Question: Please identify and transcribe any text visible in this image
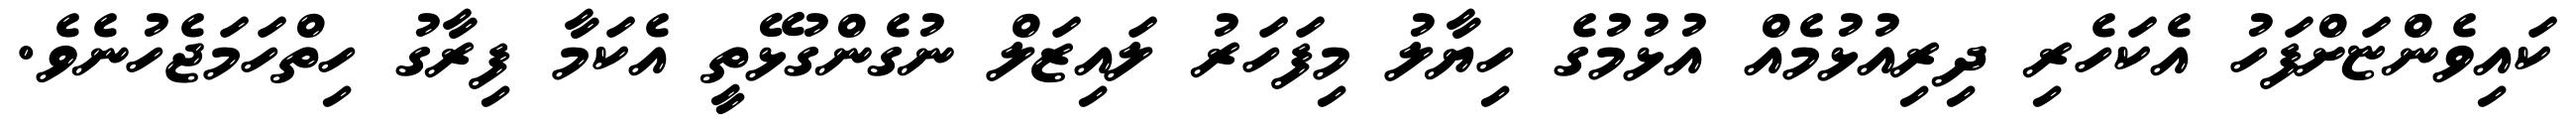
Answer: ކައިވެންޏަށްފަހު އެކަހެރި ދިރިއުޅުމެއް އުޅުމުގެ ހިޔާލު މިފަހަރު ލައިޒަލް ނުގެންގުޅޭތީ އެކަމާ ފިރާގު ހިތްހަމަޖެހުނެވެ.